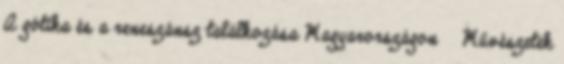
A gótika és a reneszánsz találkozása Magyarországon Művészetek